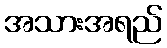
အသားအရည်